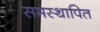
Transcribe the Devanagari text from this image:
समस्थापित